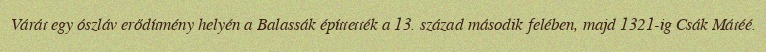
Várát egy ószláv erődítmény helyén a Balassák építtették a 13. század második felében, majd 1321-ig Csák Mátéé.